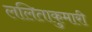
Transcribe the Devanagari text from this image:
ललिताकुमारी